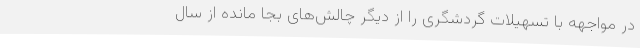
در مواجهه با تسهیلات گردشگری را از دیگر چالش‌های بجا مانده از سال